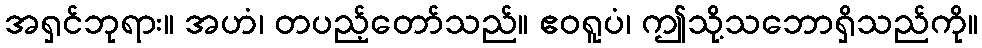
အရှင်ဘုရား။ အဟံ၊ တပည့်တော်သည်။ ဧဝရူပံ၊ ဤသို့သဘောရှိသည်ကို။